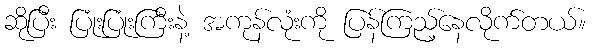
ဆိုပြီး ပြုံးပြုံးကြီးနဲ့ အကုန်လုံးကို ပြန်ကြည့်နေလိုက်တယ်။